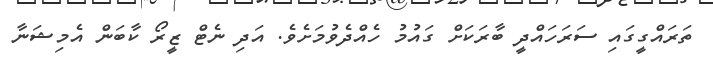
ތަރައްގީގައި ސަރަހައްދީ ބާރަކަށް ގައުމު ހެއްދެވުމަށެވެ. އަދި ނެޓް ޒީރޯ ކާބަން އެމިޝަނާ